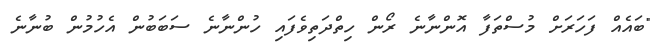
"ބައެއް ފަހަރަށް މުސްތަފާ އޮންނާނެ ރޯން ހިތްދަތިވެފައި ހުންނާނެ ސަބަބުން އެހުމުން ބުނާނެ